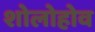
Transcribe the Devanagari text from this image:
शोलोहोव